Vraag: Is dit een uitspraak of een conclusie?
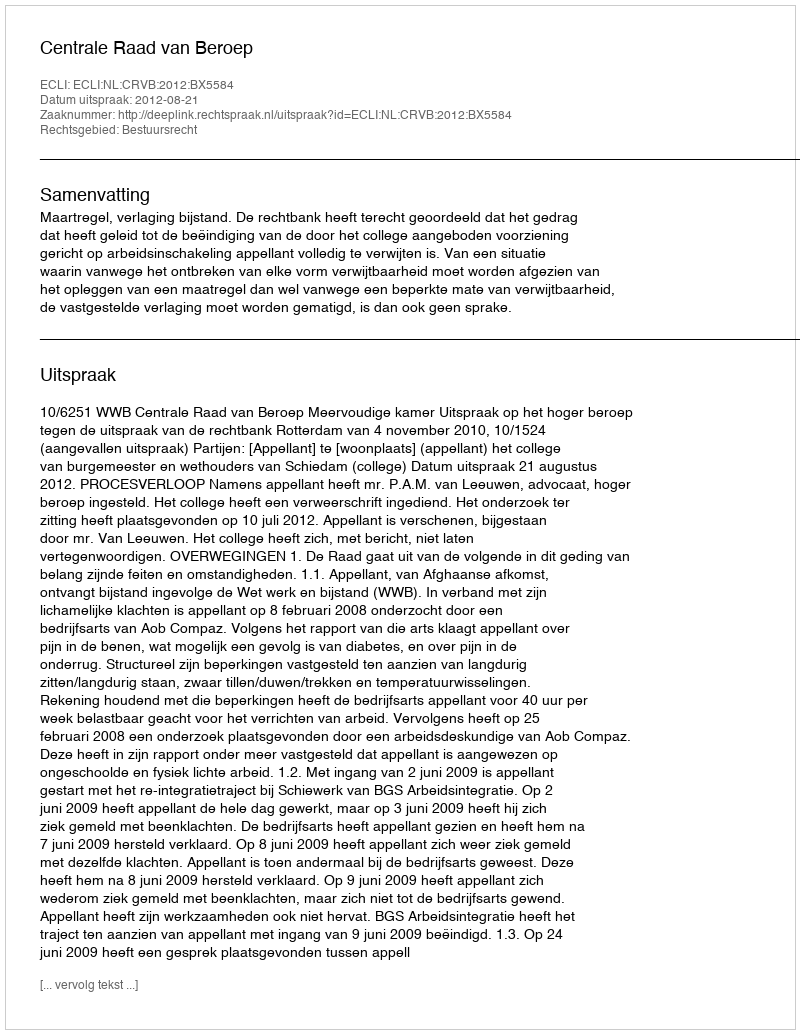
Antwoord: Uitspraak